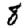
Digit: 8